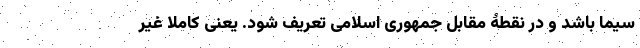
سیما باشد و در نقطۀ مقابل جمهوری اسلامی تعریف شود. یعنی کاملا غیر